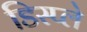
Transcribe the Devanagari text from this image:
डिस्‍प्ले